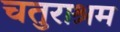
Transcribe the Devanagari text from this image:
चतुराश्रम